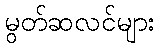
မွတ်ဆလင်များ